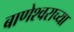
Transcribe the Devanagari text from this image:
बाणेश्वराच्या